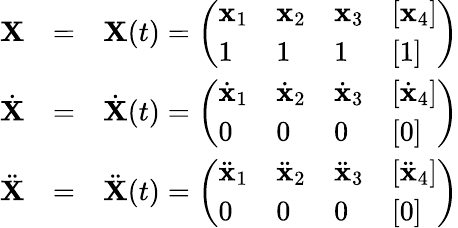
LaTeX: \begin{array}{rlr}{{\mathbf X}}&{=}&{{\mathbf X}(t)=\left(\begin{array}{llll}{{\mathbf x}_{1}}&{{\mathbf x}_{2}}&{{\mathbf x}_{3}}&{[{\mathbf x}_{4}]}\\ {1}&{1}&{1}&{[1]}\end{array}\right)}\\ {\dot{{\mathbf X}}}&{=}&{\dot{{\mathbf X}}(t)=\left(\begin{array}{llll}{\dot{{\mathbf x}}_{1}}&{\dot{{\mathbf x}}_{2}}&{\dot{{\mathbf x}}_{3}}&{[\dot{{\mathbf x}}_{4}]}\\ {0}&{0}&{0}&{[0]}\end{array}\right)}\\ {\ddot{{\mathbf X}}}&{=}&{\ddot{{\mathbf X}}(t)=\left(\begin{array}{llll}{\ddot{{\mathbf x}}_{1}}&{\ddot{{\mathbf x}}_{2}}&{\ddot{{\mathbf x}}_{3}}&{[\ddot{{\mathbf x}}_{4}]}\\ {0}&{0}&{0}&{[0]}\end{array}\right)}\end{array}